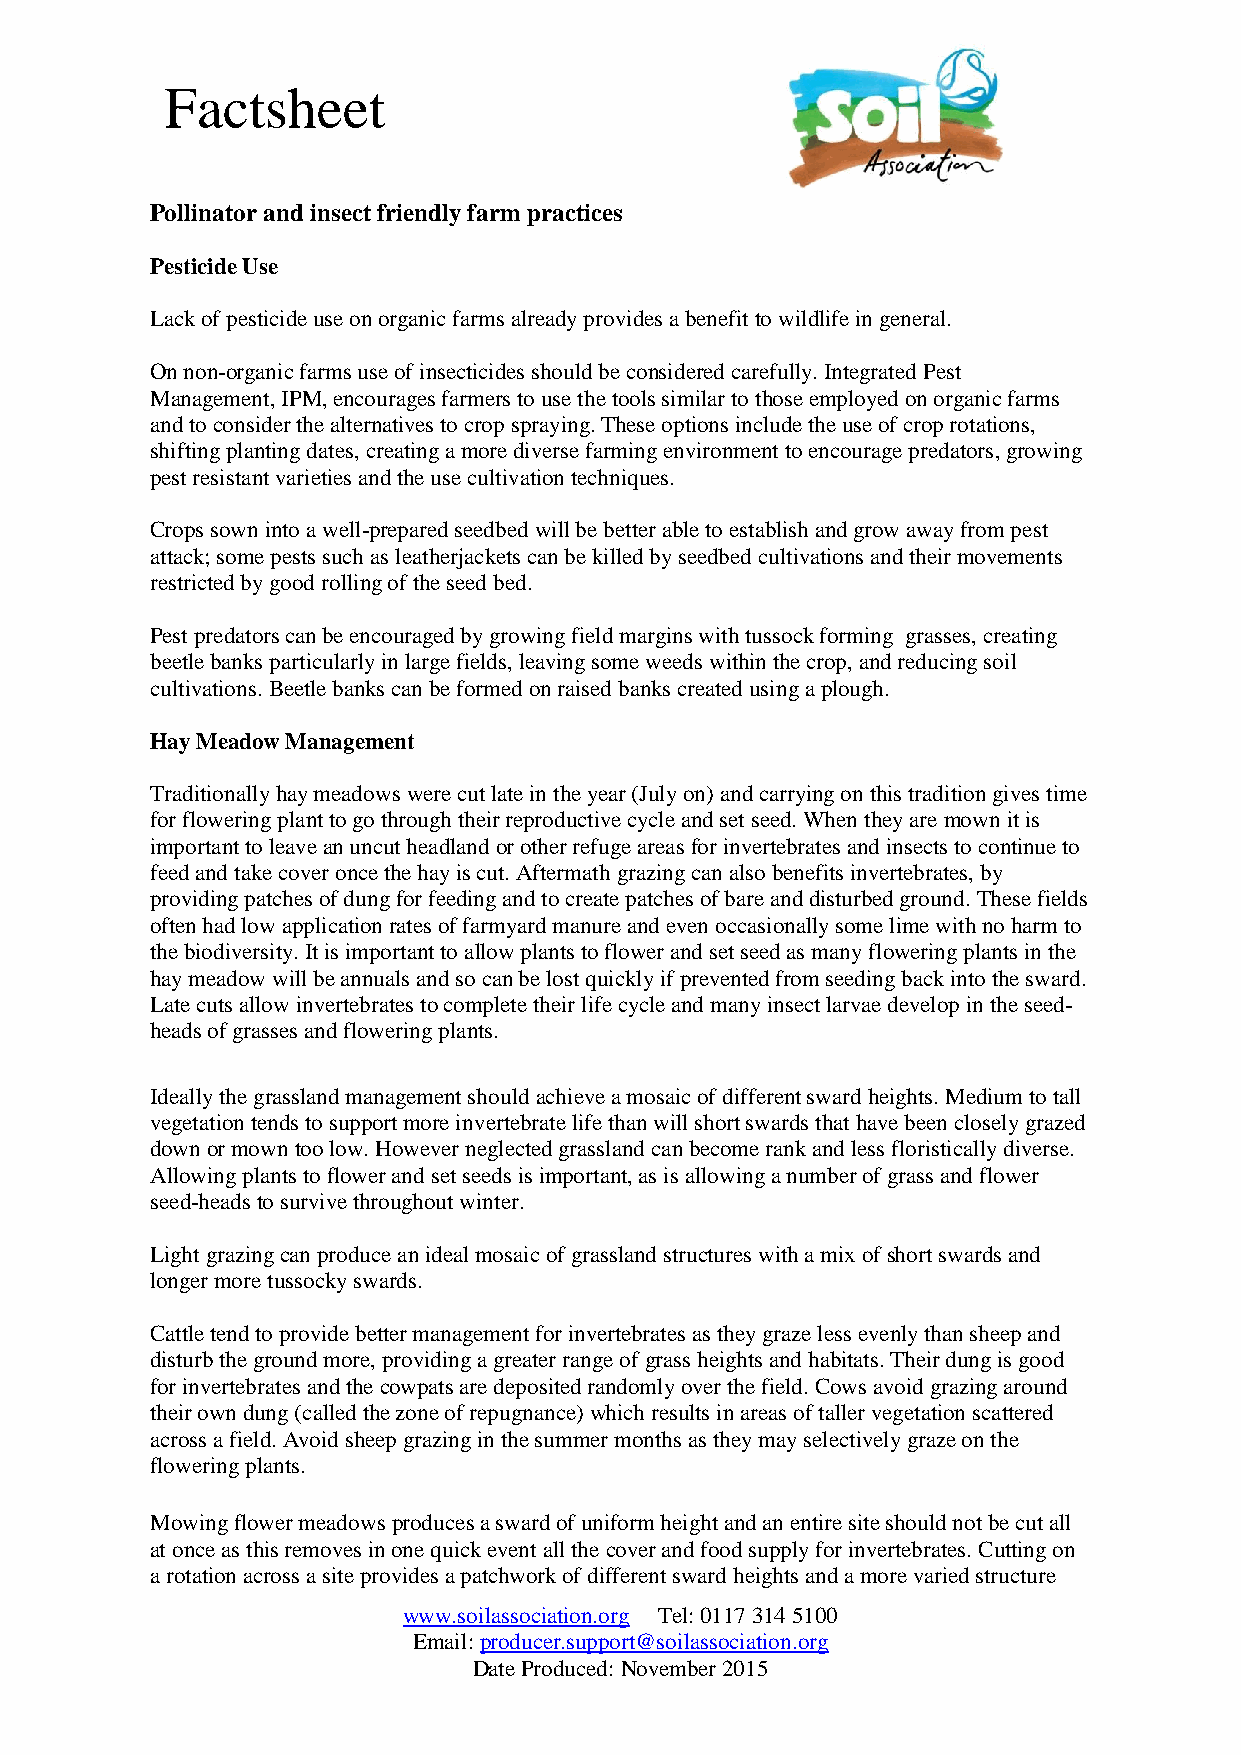
Factsheet
 Pollinator and insect friendly farm practices
 Pesticide Use
 Lack of pesticide use on organic farms already provides a benefit to wildlife in general.
 On non-organic farms use of insecticides should be considered carefully. Integrated Pest
 Management, IPM, encourages farmers to use the tools similar to those employed on organic farms
 and to consider the alternatives to crop spraying. These options include the use of crop rotations,
 shifting planting dates, creating a more diverse farming environment to encourage predators, growing
 pest resistant varieties and the use cultivation techniques.
 Crops sown into a well-prepared seedbed will be better able to establish and grow away from pest
 attack; some pests such as leatherjackets can be killed by seedbed cultivations and their movements
 restricted by good rolling of the seed bed.
 Pest predators can be encouraged by growing field margins with tussock forming grasses, creating
 beetle banks particularly in large fields, leaving some weeds within the crop, and reducing soil
 cultivations. Beetle banks can be formed on raised banks created using a plough.
 Hay Meadow Management
 Traditionally hay meadows were cut late in the year (July on) and carrying on this tradition gives time
 for flowering plant to go through their reproductive cycle and set seed. When they are mown it is
 important to leave an uncut headland or other refuge areas for invertebrates and insects to continue to
 feed and take cover once the hay is cut. Aftermath grazing can also benefits invertebrates, by
 providing patches of dung for feeding and to create patches of bare and disturbed ground. These fields
 often had low application rates of farmyard manure and even occasionally some lime with no harm to
 the biodiversity. It is important to allow plants to flower and set seed as many flowering plants in the
 hay meadow will be annuals and so can be lost quickly if prevented from seeding back into the sward.
 Late cuts allow invertebrates to complete their life cycle and many insect larvae develop in the seed-
 heads of grasses and flowering plants.
 Ideally the grassland management should achieve a mosaic of different sward heights. Medium to tall
 vegetation tends to support more invertebrate life than will short swards that have been closely grazed
 down or mown too low. However neglected grassland can become rank and less floristically diverse.
 Allowing plants to flower and set seeds is important, as is allowing a number of grass and flower
 seed-heads to survive throughout winter.
 Light grazing can produce an ideal mosaic of grassland structures with a mix of short swards and
 longer more tussocky swards.
 Cattle tend to provide better management for invertebrates as they graze less evenly than sheep and
 disturb the ground more, providing a greater range of grass heights and habitats. Their dung is good
 for invertebrates and the cowpats are deposited randomly over the field. Cows avoid grazing around
 their own dung (called the zone of repugnance) which results in areas of taller vegetation scattered
 across a field. Avoid sheep grazing in the summer months as they may selectively graze on the
 flowering plants.
 Mowing flower meadows produces a sward of uniform height and an entire site should not be cut all
 at once as this removes in one quick event all the cover and food supply for invertebrates. Cutting on
 a rotation across a site provides a patchwork of different sward heights and a more varied structure
 www.soilassociation.org Tel: 0117 314 5100
 Email: producer.support@soilassociation.org
 Date Produced: November 2015